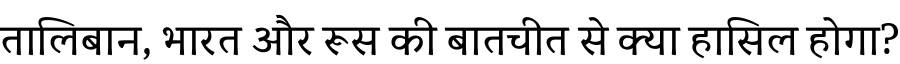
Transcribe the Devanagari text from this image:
तालिबान, भारत और रूस की बातचीत से क्या हासिल होगा?